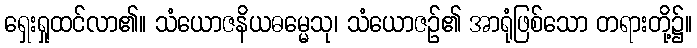
ရှေးရှုထင်လာ၏။ သံယောဇနိယဓမ္မေသု၊ သံယောဇဉ်၏ အာရုံဖြစ်သော တရားတို့၌။